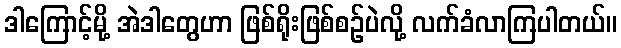
ဒါကြောင့်မို့ အဲဒါတွေဟာ ဖြစ်ရိုးဖြစ်စဉ်ပဲလို့ လက်ခံလာကြပါတယ်။